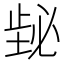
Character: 𪴸